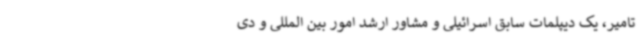
تامیر، یک دیپلمات سابق اسرائیلی و مشاور ارشد امور بین المللی و دی